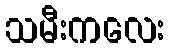
သမီးကလေး